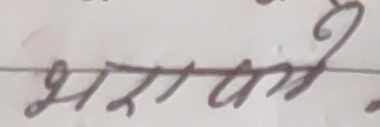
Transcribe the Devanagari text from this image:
शरणागते